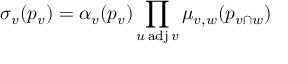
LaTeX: \sigma _ { v } ( p _ { v } ) = \alpha _ { v } ( p _ { v } ) \prod _ { u \operatorname { a d j } v } \mu _ { v , w } ( p _ { v \cap w } )